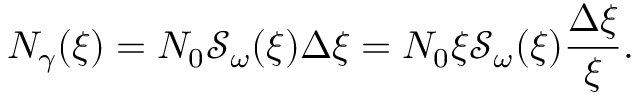
{ N } _ { \gamma } ( \xi ) = N _ { 0 } \mathcal { S } _ { \omega } ( \xi ) \Delta \xi = N _ { 0 } \xi \mathcal { S } _ { \omega } ( \xi ) \frac { \Delta \xi } { \xi } .